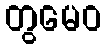
တွမေဝ